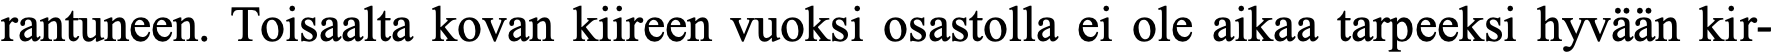
rantuneen. Toisaalta kovan kiireen vuoksi osastolla ei ole aikaa tarpeeksi hyvään kir-